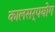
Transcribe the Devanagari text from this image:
कालसर्पयोग